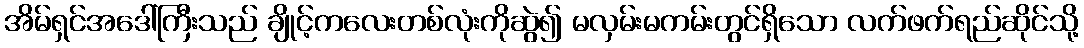
အိမ်ရှင်အဒေါ်ကြီးသည် ချိုင့်ကလေးတစ်လုံးကိုဆွဲ၍ မလှမ်းမကမ်းတွင်ရှိသော လက်ဖက်ရည်ဆိုင်သို့